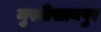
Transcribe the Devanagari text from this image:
मुस्वीखानपुर